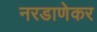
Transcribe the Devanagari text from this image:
नरडाणेकर